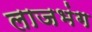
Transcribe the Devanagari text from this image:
लाजभंग